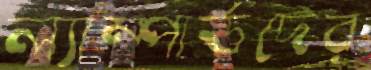
ল্যাম্পার্ডদের